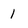
Character: 1